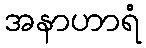
အနာဟာရံ